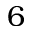
6